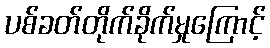
ပစ်ခတ်တိုက်ခိုက်မှုကြောင့်